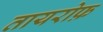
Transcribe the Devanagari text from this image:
तायरोफ़